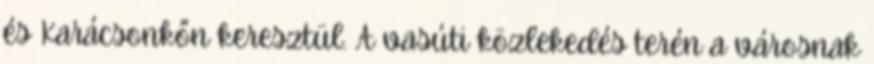
és Karácsonkőn keresztül. A vasúti közlekedés terén a városnak